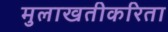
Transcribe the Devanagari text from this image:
मुलाखतीकरिता